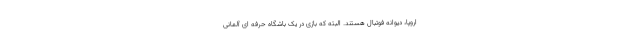
اروپا، دیوانه‌ فوتبال هستند. البته که بازی در یک باشگاه حرفه ای آلمانی